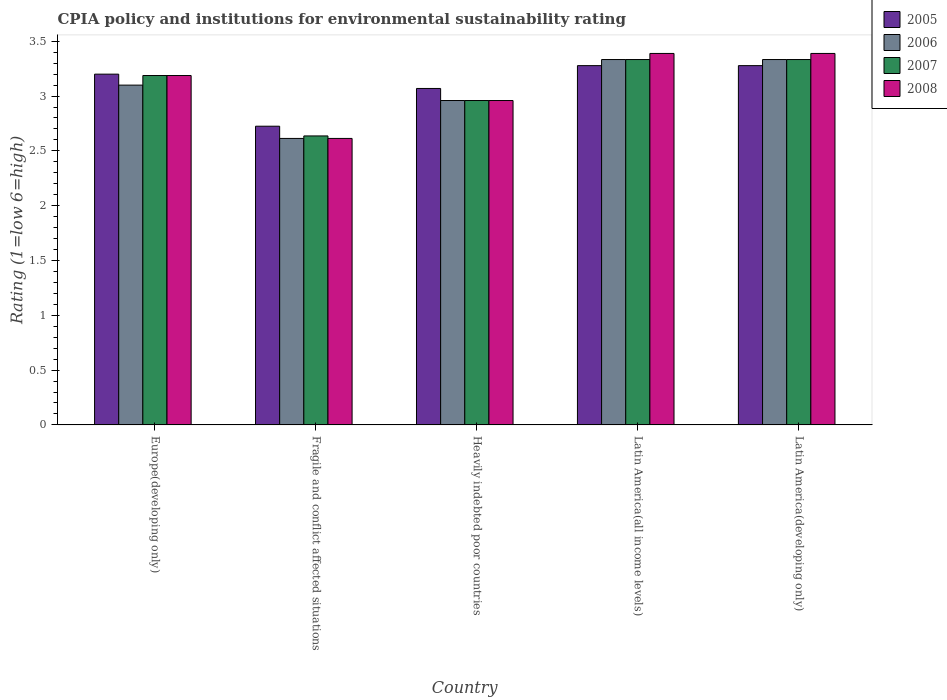
| Country | 2005 | 2006 | 2007 | 2008 |
 | --- | --- | --- | --- | --- |
 | Europe(developing only) | 3.2 | 3.1 | 3.19 | 3.19 |
 | Fragile and conflict affected situations | 2.73 | 2.61 | 2.64 | 2.61 |
 | Heavily indebted poor countries | 3.07 | 2.96 | 2.96 | 2.96 |
 | Latin America(all income levels) | 3.28 | 3.33 | 3.33 | 3.39 |
 | Latin America(developing only) | 3.28 | 3.33 | 3.33 | 3.39 |